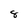
Character: 8